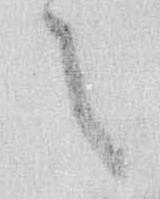
之